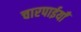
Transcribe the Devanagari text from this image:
चारपाईयाँ